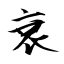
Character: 衰